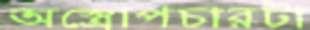
অস্ত্রোপচারটা